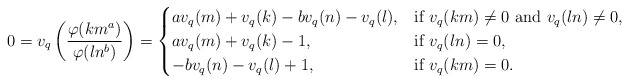
\begin{align*} 0= v_q\left(\frac{\varphi(km^a)}{\varphi(ln^b)}\right)=\begin{cases} av_q(m)+v_q(k)-bv_q(n)-v_q(l), & \mbox{if}\, \, v_q(km)\ne0\,\, \mbox{and}\,\, v_q(ln)\ne0, \\ av_q(m)+v_q(k)-1, & \mbox{if}\, \, v_q(ln)=0, \\ -bv_q(n)-v_q(l)+1, & \mbox{if} \,\, v_q(km)=0.\\\end{cases} \end{align*}